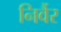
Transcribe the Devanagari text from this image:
निर्वैर